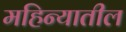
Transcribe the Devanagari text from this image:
महिन्‍यातील